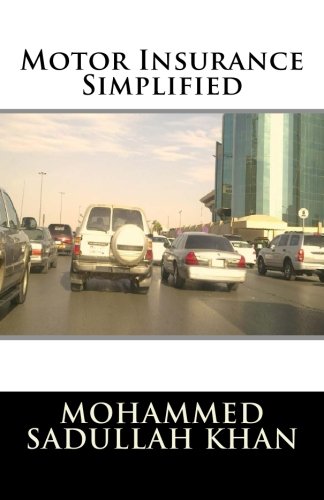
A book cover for Motor Insurance Simplified; Mr. Mohammed Sadullah Khan; Engineering & Transportation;